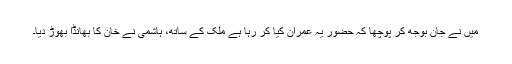
میں نے جان بوجھ کر پوچھا کہ حضور یہ عمران کیا کر رہا ہے ملک کے ساتھ، ہاشمی نے خان کا بھانڈا بھوڑ دیا۔